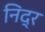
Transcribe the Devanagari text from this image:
निद्र